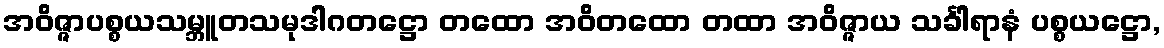
အဝိဇ္ဇာပစ္စယသမ္ဘူတသမုဒါဂတဋ္ဌော တထော အဝိတထော တထာ အဝိဇ္ဇာယ သင်္ခါရာနံ ပစ္စယဋ္ဌော,